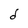
Character: d